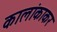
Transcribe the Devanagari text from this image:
कालांकाकर